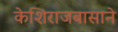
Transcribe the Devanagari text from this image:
केशिराजबासाने